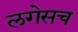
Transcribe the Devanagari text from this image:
लगेसच